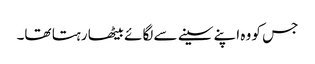
جس کو وہ اپنے سینے سے لگائے بیٹھا رہتا تھا۔